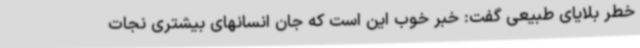
خطر بلایای طبیعی گفت: خبر خوب این است که جان انسانهای بیشتری نجات